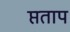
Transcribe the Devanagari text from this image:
प्तताप